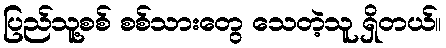
ပြည်သူ့စစ် စစ်သားတွေ သေတဲ့သူ ရှိတယ်။